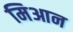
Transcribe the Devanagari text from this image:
मिआन